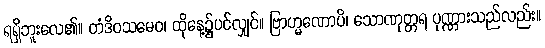
ရရှိဘူးလေ၏။ တံဒိဝသမေဝ၊ ထိုနေ့၌ပင်လျှင်။ ဗြာဟ္မဏောပိ၊ သောဏုတ္တရ ပုဏ္ဏားသည်လည်း။